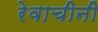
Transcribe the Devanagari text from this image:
रेवाचीनी